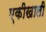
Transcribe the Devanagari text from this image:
एकीखाली